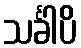
သင်္ခါပိ